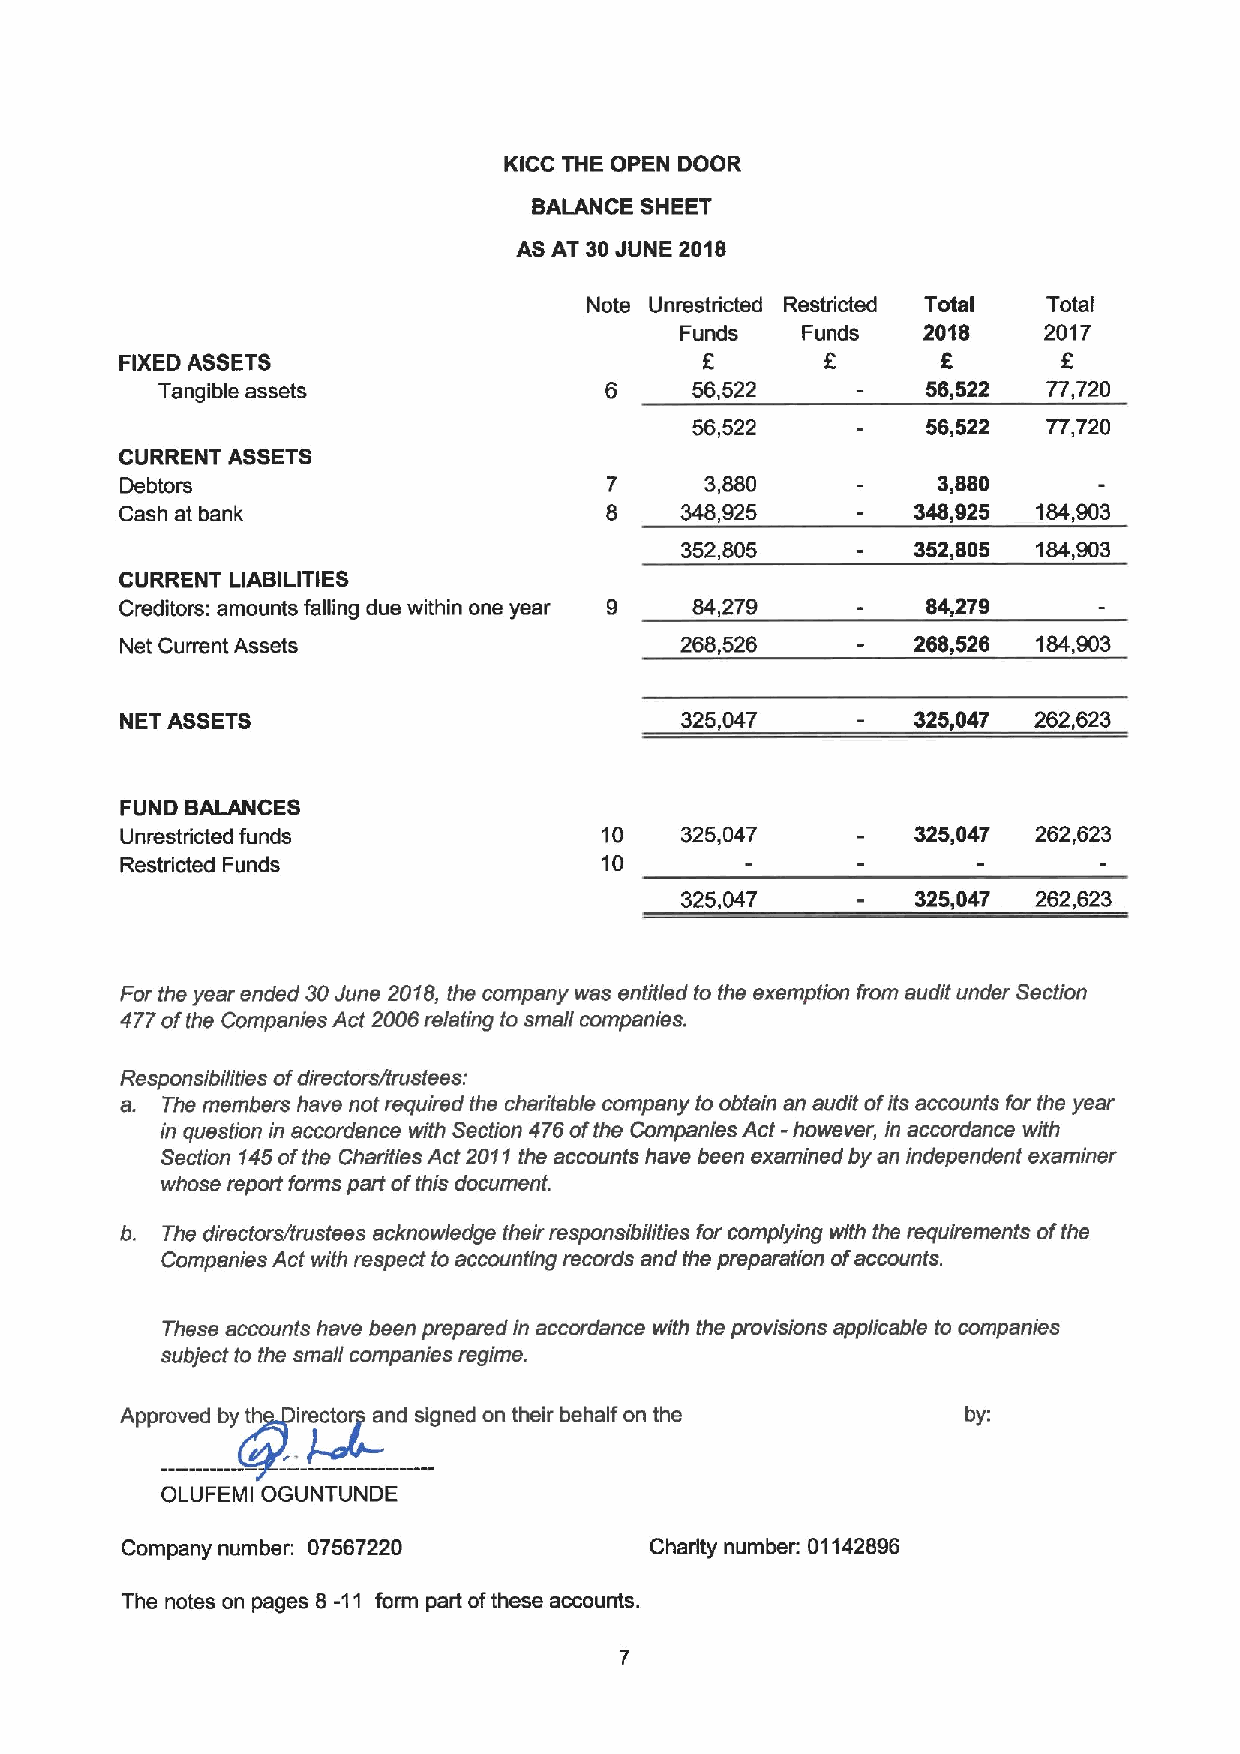
KICC THE OPEN DOOR
 BALANCE SHEET
 AS AT 30JUNE 2018
 Note Unrestricted Restricted Total Total
 Funds   Funds   2018    2017
 FIXEDASSETS                            E              5       E
 Tangible assets               6     56,522         56,522  77,720
 56,522         56,522  77,720
 CURRENT ASSETS
 Debtors                         7      3,880          3,880
 Cash at bank                    8    348,925         348,925 184,903
 352,805         352,805 184,903
 CURRENT LIABILITIES
 Creditors: amounts falling due within one year 9 84,279 84,279
 Net Current Assets                   268,526        268,526  184,903
 NET ASSETS                           325,047         325,047 262,623
 FUND BALANCES
 Unrestricted funds              10   325,047         325,047 262,623
 Restricted Funds                10
 325,047         325,047 262,623
 For the year ended 30June 2018, the company was entitled to the exemption from audit under Section
 477ofthe Companies Act 2006relating to small companies.
 Responsibilities ofdirectors/trustees:
 a. The members have not required the charitable company to obtain an audit ofits accounts for the year
 in question in accordance with Section 476ofthe Companies Act - however, in accordance with
 Section 145ofthe Charities Act 2011the accounts have been examined by an independent examiner
 whose report forms part ofthis document.
 b. The directors/trustees acknowledge their responsibilities for complying with the requirements ofthe
 Companies Act with respect to accounting records and the preparation ofaccounts.
 These accounts have been preparedin accordance with the provisions applicable to companies
 subject to the small companies regime.
 Approved by t~hirectorII and signed on their behalf on the by:
 OLUFEMI OGUNTUNDE
 Company number: 07567220           Charity number. 01142896
 The notes on pages 8 -11 form part ofthese accounts.